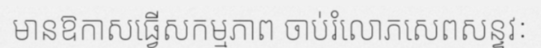
មានឱកាសធ្វើសកម្មភាព ចាប់រំលោភសេពសន្ទវៈ